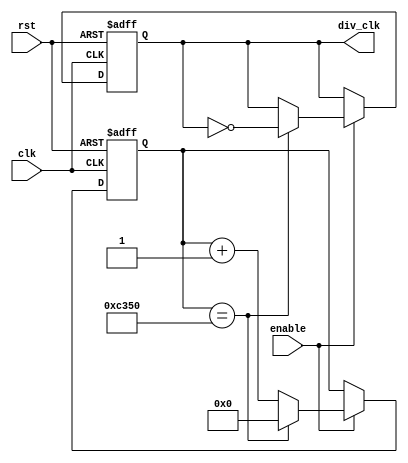
module freq_div #(
    parameter DIV_CNT = 50_000
) (
    input  wire clk,
    input  wire rst,
    input  wire enable,
    output reg  div_clk = 0
);

  localparam WIDTH = $clog2(DIV_CNT);

  reg [WIDTH-1:0] cnt = 0;

  always @(posedge clk or posedge rst) begin
    if (rst) cnt <= {WIDTH{1'b0}};
    else if (enable) begin
      if (cnt == DIV_CNT) cnt <= {WIDTH{1'b0}};
      else cnt <= cnt + 1'b1;
    end
  end


  always @(posedge clk or posedge rst) begin
    if (rst) div_clk <= 1'b0;
    else if (enable) begin
      if (cnt == DIV_CNT) div_clk <= ~div_clk;
    end
  end

endmodule